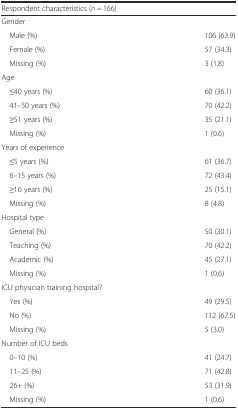
| <COLSPAN=2> Respondent characteristics (n = 166) |
 | --- | --- |
 | Gender |  |
 | Male (%) | 106 (63.9) |
 | Female (%) | 57 (34.3) |
 | Missing (%) | 3 (1.8) |
 | Age |  |
 | ≤40 years (%) | 60 (36.1) |
 | 41–50 years (%) | 70 (42.2) |
 | ≥51 years (%) | 35 (21.1) |
 | Missing (%) | 1 (0.6) |
 | Years of experience |  |
 | ≤5 years (%) | 61 (36.7) |
 | 6–15 years (%) | 72 (43.4) |
 | ≥16 years (%) | 25 (15.1) |
 | Missing (%) | 8 (4.8) |
 | Hospital type |  |
 | General (%) | 50 (30.1) |
 | Teaching (%) | 70 (42.2) |
 | Academic (%) | 45 (27.1) |
 | Missing (%) | 1 (0.6) |
 | ICU physician training hospital? |  |
 | Yes (%) | 49 (29.5) |
 | No (%) | 112 (67.5) |
 | Missing (%) | 5 (3.0) |
 | Number of ICU beds |  |
 | 0–10 (%) | 41 (24.7) |
 | 11–25 (%) | 71 (42.8) |
 | 26+ (%) | 53 (31.9) |
 | Missing (%) | 1 (0.6) |